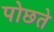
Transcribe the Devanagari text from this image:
पोछते